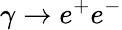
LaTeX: {\gamma\rightarrow e^{+}e^{-}}